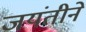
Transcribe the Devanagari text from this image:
जयंतीने